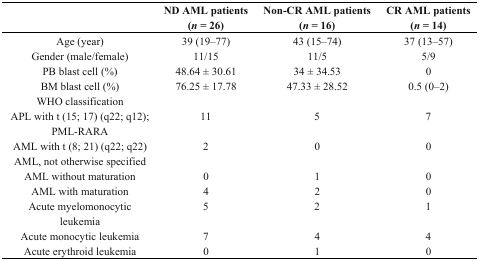
<table><thead><tr><td>[EMPTY_CELL]</td><td><b>ND AML patients (<i>n</i> = 26)</b></td><td><b>Non-CR AML patients (<i>n</i> = 16)</b></td><td><b>CR AML patients (<i>n</i> = 14)</b></td></tr></thead><tbody><tr><td>Age (year)</td><td>39 (19–77)</td><td>43 (15–74)</td><td>37 (13–57)</td></tr><tr><td>Gender (male/female)</td><td>11/15</td><td>11/5</td><td>5/9</td></tr><tr><td>PB blast cell (%)</td><td>48.64 ± 30.61</td><td>34 ± 34.53</td><td>0</td></tr><tr><td>BM blast cell (%)</td><td>76.25 ± 17.78</td><td>47.33 ± 28.52</td><td>0.5 (0–2)</td></tr><tr><td>WHO classification</td><td>[EMPTY_CELL]</td><td>[EMPTY_CELL]</td><td>[EMPTY_CELL]</td></tr><tr><td>APL with t (15; 17) (q22; q12); PML-RARA</td><td>11</td><td>5</td><td>7</td></tr><tr><td>AML with t (8; 21) (q22; q22)</td><td>2</td><td>0</td><td>0</td></tr><tr><td>AML, not otherwise specified</td><td>[EMPTY_CELL]</td><td>[EMPTY_CELL]</td><td>[EMPTY_CELL]</td></tr><tr><td>AML without maturation</td><td>0</td><td>1</td><td>0</td></tr><tr><td>AML with maturation</td><td>4</td><td>2</td><td>0</td></tr><tr><td>Acute myelomonocytic leukemia</td><td>5</td><td>2</td><td>1</td></tr><tr><td>Acute monocytic leukemia</td><td>7</td><td>4</td><td>4</td></tr><tr><td>Acute erythroid leukemia</td><td>0</td><td>1</td><td>0</td></tr></tbody></table>